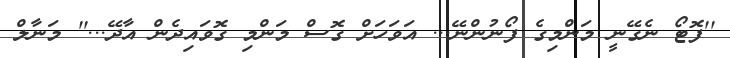
''ފޮޓޯ ނެގޭނީ މަންމިގެ ފޯނުންނޭ... އަވަހަށް ގޮސް މަންމި ގޮވައިދެން އާދޭ...'' މަނާލް